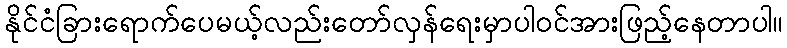
နိုင်ငံခြားရောက်ပေမယ့်လည်းတော်လှန်ရေးမှာပါဝင်အားဖြည့်နေတာပါ။